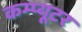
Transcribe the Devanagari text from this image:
कम्प्‍यूटर